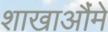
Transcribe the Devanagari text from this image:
शाखाऔंमे